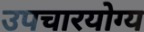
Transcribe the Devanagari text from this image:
उपचारयोग्य